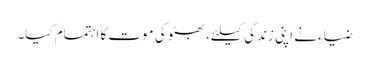
ضیاء نے اپنی زندگی کیلئے، بھٹو کی موت کا اہتمام کیا۔